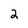
Character: 2